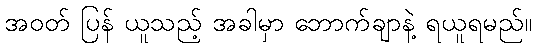
အဝတ် ပြန် ယူသည့် အခါမှာ ဘောက်ချာနဲ့ ရယူရမည်။